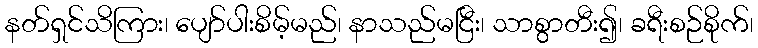
နတ်ရှင်သိကြား၊ ပျော်ပါးစိမ့်မည်၊ နာသည်မငြီး၊ သာစွာတီး၍၊ ခရီးစဉ်စိုက်၊